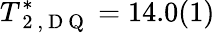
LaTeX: T_{\mathrm{~2~,~D~Q~}}^{*}=14.0(1)